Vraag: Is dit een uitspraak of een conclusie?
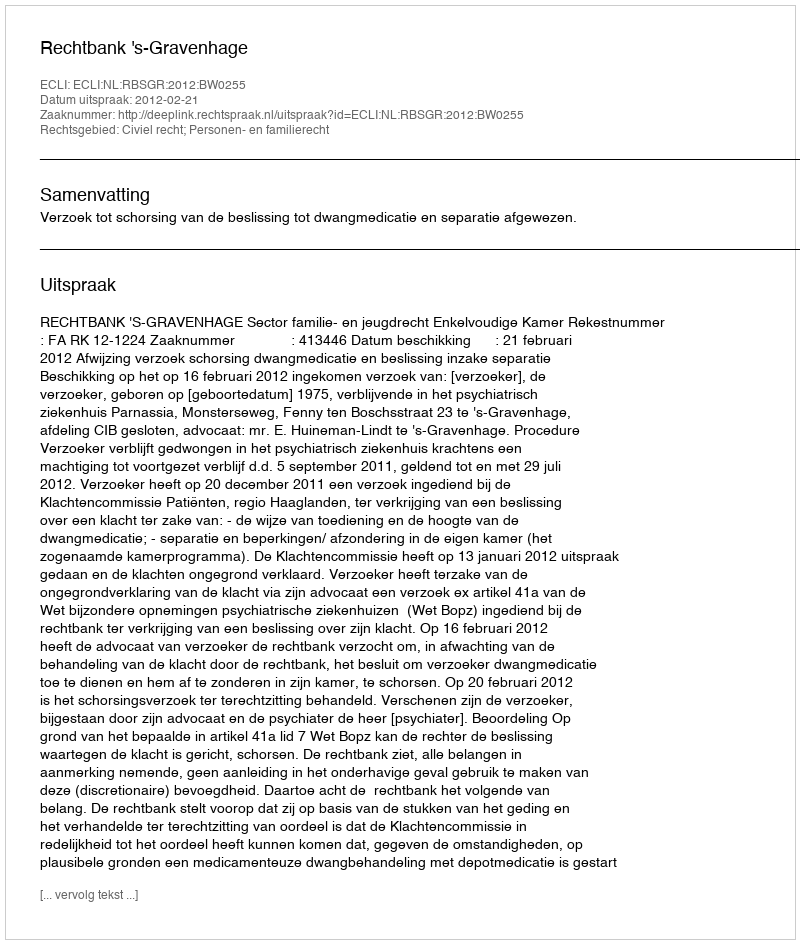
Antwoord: Uitspraak